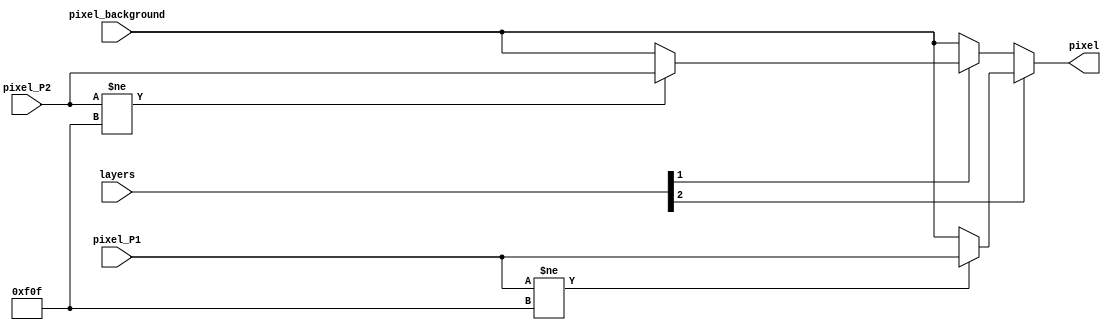
module pixel_selector(
    input [4-1:0] layers,
	input [12-1:0] pixel_P1,
	input [12-1:0] pixel_P2,
    input [12-1:0] pixel_background,
    output reg [12-1:0] pixel
    );
	
	
always@(*)begin
	if( layers[2] )begin		//player & background
		if( pixel_P1 != 12'hF0F)	pixel = pixel_P1; 
		else 						pixel = pixel_background;
	end else if( layers[1] ) begin
	   if( pixel_P2 != 12'hF0F) pixel = pixel_P2;
	   else pixel = pixel_background;
	end else if( layers[0] ) begin
		pixel = pixel_background;
	end else begin
		pixel = pixel_background;
	end
	
end
endmodule